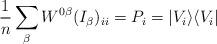
LaTeX: \begin{align*}\frac{1}{n}\sum_\beta W^{0 \beta} (I_\beta)_{i i} = P_i =|V_i\rangle\langle V_i |\end{align*}